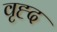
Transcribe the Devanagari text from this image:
वृह्द